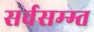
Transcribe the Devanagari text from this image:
सर्वसम्म्त